Lunatic asylums in Bengal annual reports 1899-1911 - 1899-1911
Year: 1899
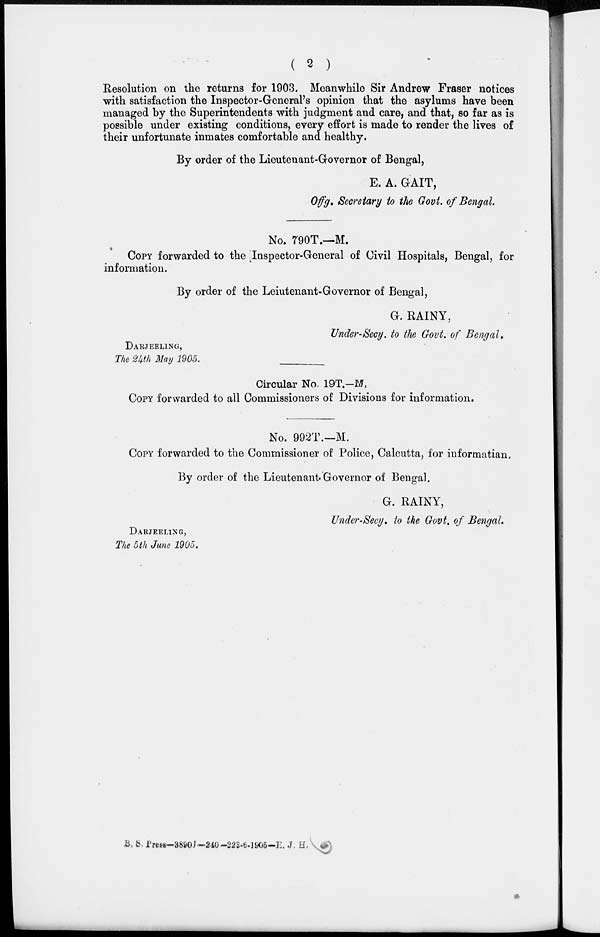
( 2 )
Resolution on the returns for 1903. Meanwhile Sir Andrew Fraser notices
with satisfaction the Inspector-General's opinion that the asylums have been
managed by the Superintendents with judgment and care, and that, so far as is
possible under existing conditions, every effort is made to render the lives of
their unfortunate inmates comfortable and healthy.
By order of the Lieutenant-Governor of Bengal,
E. A. GAIT,
Offg. Secretary to the Govt. of Bengal.
No. 790T.—M.
COPY forwarded to the Inspector-General of Civil Hospitals, Bengal, for
information.
By order of the Leiutenant-Governor of Bengal,
G. RAINY,
Under-Secy. to the Govt. of Bengal.
The 24th May 1905.
Circular No. 19T.—M,
COPY forwarded to all Commissioners of Divisions for information.
No. 992T.—M.
COPY forwarded to the Commissioner of Police, Calcutta, for informatian.
By order of the Lieutenant-Governor of Bengal.
G. RAINY,
Under-Secy. to the Govt. of Bengal.
DARJEELING,
The 5th June 1905.
B.S. Press—3890J— 240—223-6-1905—E. J. H.